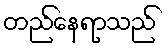
တည်နေရာသည်